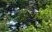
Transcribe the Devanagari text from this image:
एट्रॉफी